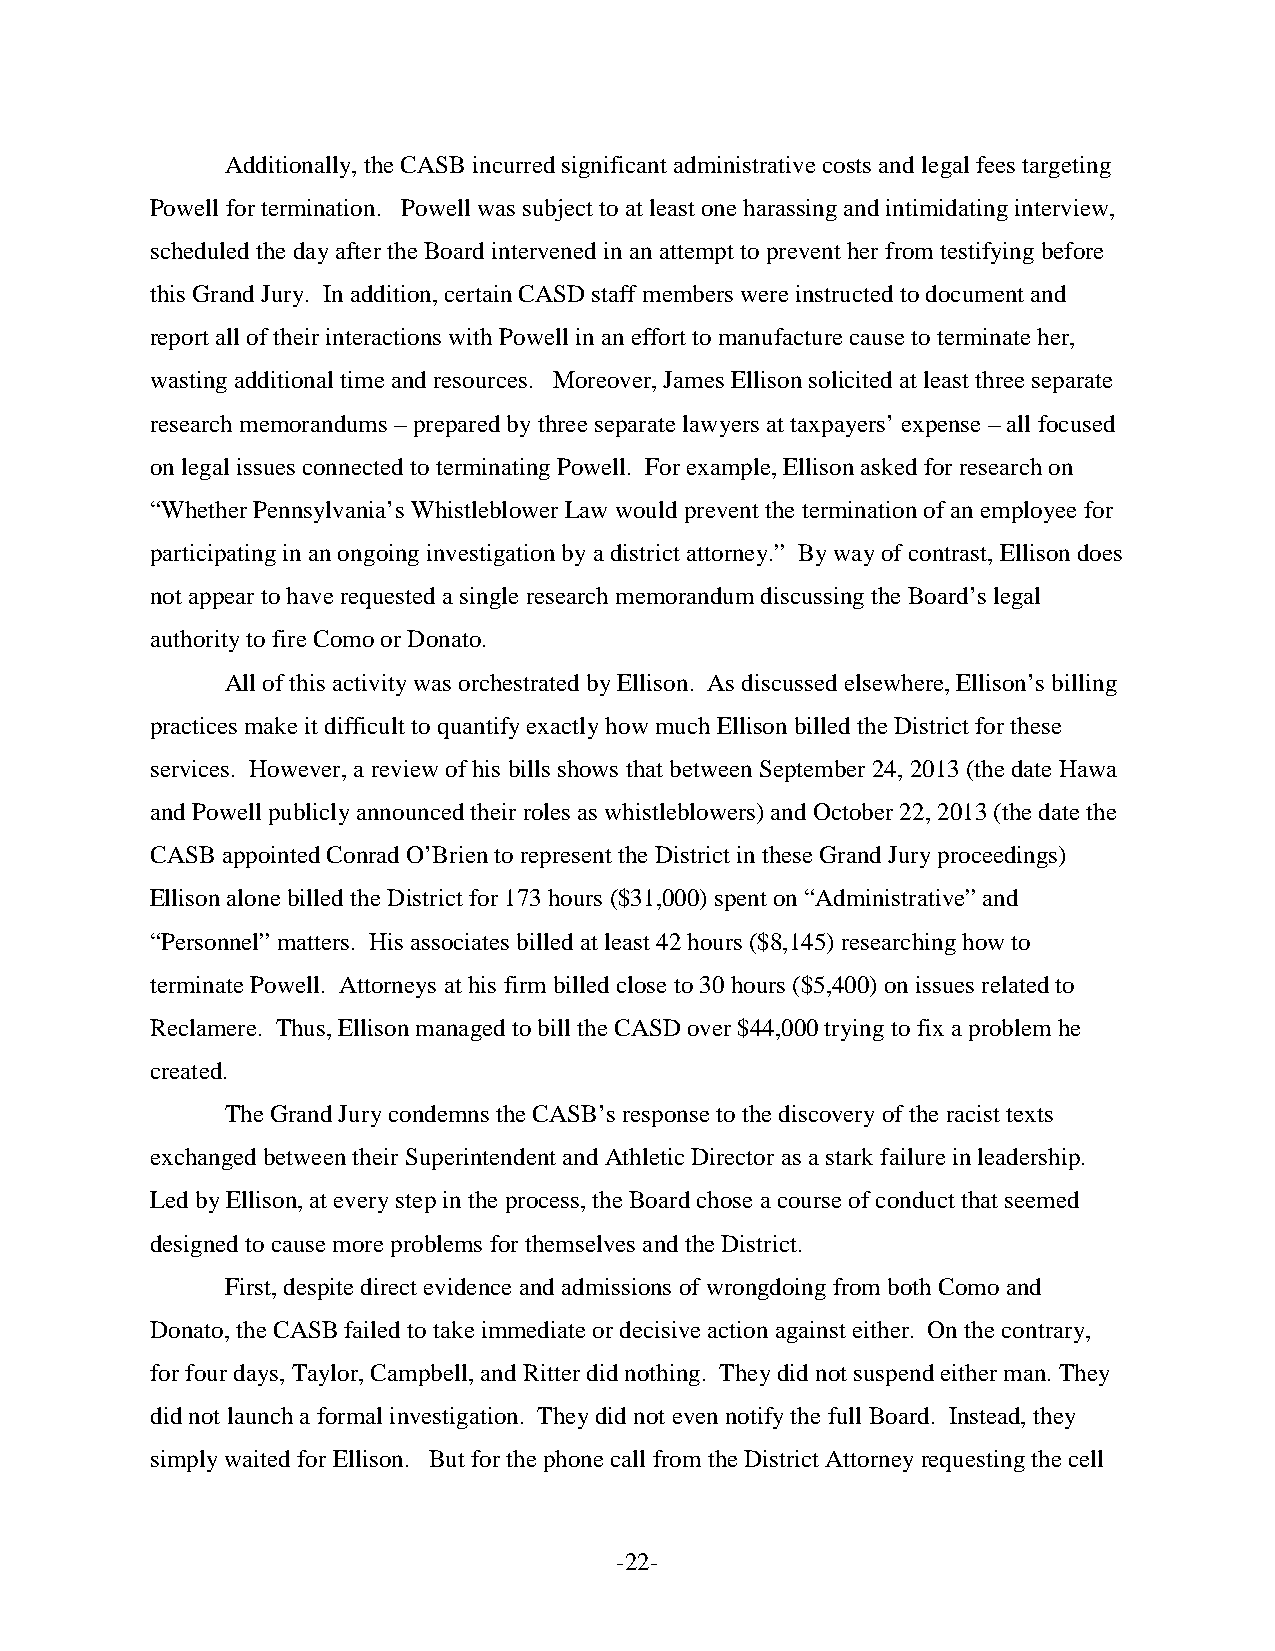
Additionally, the CASB incurred significant administrative costs and legal fees targeting
 Powell for termination. Powell was subject to at least one harassing and intimidating interview,
 scheduled the day after the Board intervened in an attempt to prevent her from testifying before
 this Grand Jury. In addition, certain CASD staff members were instructed to document and
 report all of their interactions with Powell in an effort to manufacture cause to terminate her,
 wasting additional time and resources. Moreover, James Ellison solicited at least three separate
 research memorandums – prepared by three separate lawyers at taxpayers’ expense – all focused
 on legal issues connected to terminating Powell. For example, Ellison asked for research on
 “Whether Pennsylvania’s Whistleblower Law would prevent the termination of an employee for
 participating in an ongoing investigation by a district attorney.” By way of contrast, Ellison does
 not appear to have requested a single research memorandum discussing the Board’s legal
 authority to fire Como or Donato.
 All of this activity was orchestrated by Ellison. As discussed elsewhere, Ellison’s billing
 practices make it difficult to quantify exactly how much Ellison billed the District for these
 services. However, a review of his bills shows that between September 24, 2013 (the date Hawa
 and Powell publicly announced their roles as whistleblowers) and October 22, 2013 (the date the
 CASB appointed Conrad O’Brien to represent the District in these Grand Jury proceedings)
 Ellison alone billed the District for 173 hours ($31,000) spent on “Administrative” and
 “Personnel” matters. His associates billed at least 42 hours ($8,145) researching how to
 terminate Powell. Attorneys at his firm billed close to 30 hours ($5,400) on issues related to
 Reclamere. Thus, Ellison managed to bill the CASD over $44,000 trying to fix a problem he
 created.
 The Grand Jury condemns the CASB’s response to the discovery of the racist texts
 exchanged between their Superintendent and Athletic Director as a stark failure in leadership.
 Led by Ellison, at every step in the process, the Board chose a course of conduct that seemed
 designed to cause more problems for themselves and the District.
 First, despite direct evidence and admissions of wrongdoing from both Como and
 Donato, the CASB failed to take immediate or decisive action against either. On the contrary,
 for four days, Taylor, Campbell, and Ritter did nothing. They did not suspend either man. They
 did not launch a formal investigation. They did not even notify the full Board. Instead, they
 simply waited for Ellison. But for the phone call from the District Attorney requesting the cell
 -22-